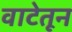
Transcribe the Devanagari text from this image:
वाटेतून